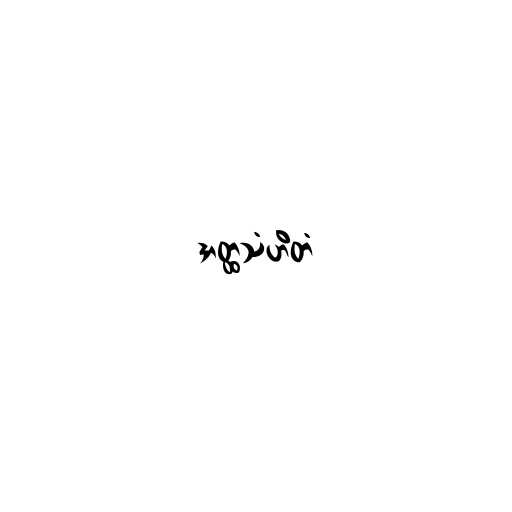
အတ္ထသံဟိတံ